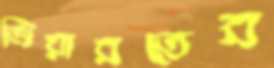
জিয়ারতের